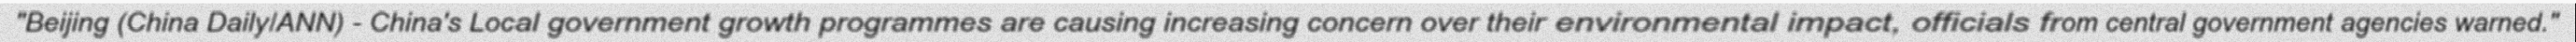
"Beijing (China Daily/ANN) - China's Local government growth programmes are causing increasing concern over their environmental impact, officials from central government agencies warned."